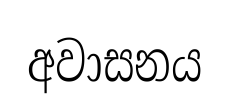
අවාසනය